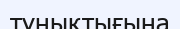
тұнықтығына